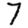
Digit: 7